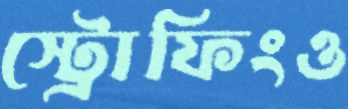
স্ট্রোফিংও